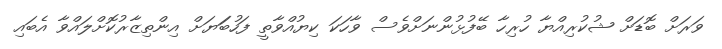
ވަރަށް ބޮޑަށް ޝުކުރިއްޔާ ހުރިހާ ބޭފުޅުންނަށްވެސް ވާހަކަ ކިޔުއްވާތީ ފަހުބަަޔަަށް އިންތިޒާރުކޮށްލައްވާ އެބައި